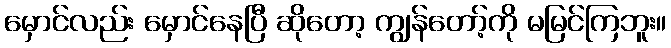
မှောင်လည်း မှောင်နေပြီ ဆိုတော့ ကျွန်တော့်ကို မမြင်ကြဘူး။